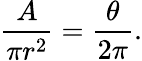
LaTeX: {\frac{A}{\pi r^{2}}}={\frac{\theta}{2\pi}}.